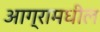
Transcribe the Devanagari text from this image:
आग्रामधील